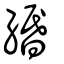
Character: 緡